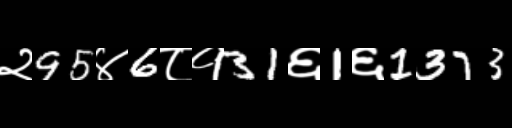
Text: २95४6८१31६1६1373